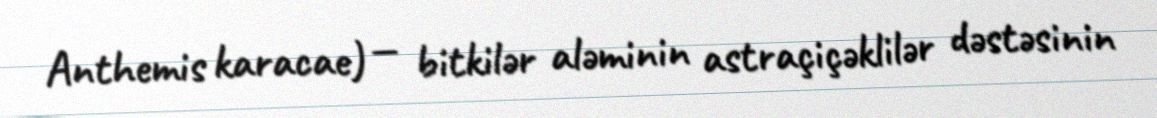
Anthemis karacae) — bitkilər aləminin astraçiçəklilər dəstəsinin